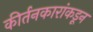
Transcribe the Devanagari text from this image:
कीर्तनकारांकडून